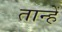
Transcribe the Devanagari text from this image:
तान्हें